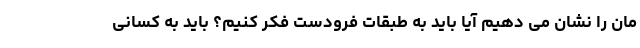
مان را نشان می دهیم آیا باید به طبقات فرودست فکر کنیم؟ باید به کسانی